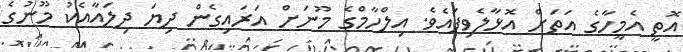
އޮތީ އެމީހާގެ އަތަށް އޮޅާލެވިފައެވެ. އިލްހާމްގެ މޫނަށް އަރައިގެން ދިޔަ ދިލައާއެކު މޫނުގެ